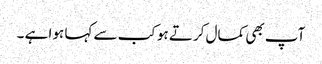
آپ بھی کمال کرتے ہو کب سے کہا ہوا ہے ۔